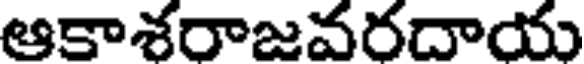
ఆకాశరాజవరదాయ